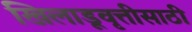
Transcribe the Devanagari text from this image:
खिलाडूवृत्तीसाठी